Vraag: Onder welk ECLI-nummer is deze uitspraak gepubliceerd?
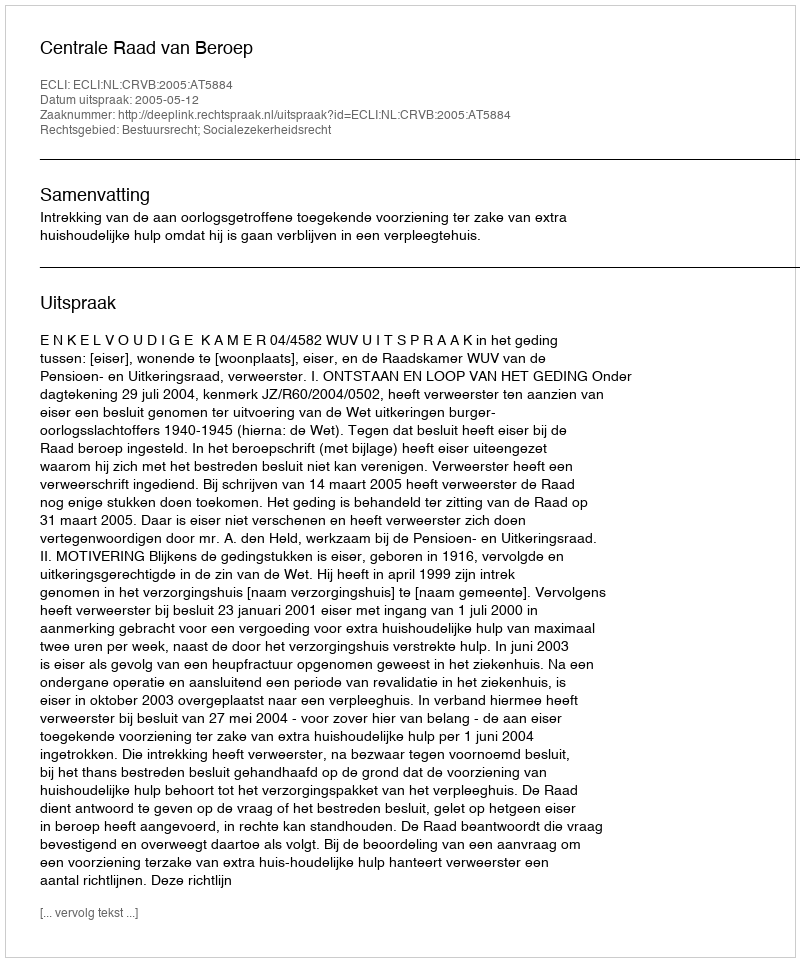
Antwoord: ECLI:NL:CRVB:2005:AT5884